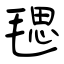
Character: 毸